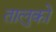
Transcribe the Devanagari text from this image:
तालुको